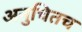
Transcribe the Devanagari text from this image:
अनुचितच